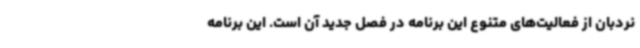
نردبان از فعالیت‌های متنوع این برنامه در فصل جدید آن است. این برنامه